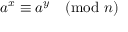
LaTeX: a ^ { x } \equiv a ^ { y } { \pmod { n } }